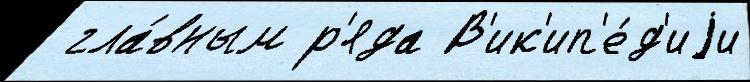
 гла́вным р'яда В'ик'ип'е́д'иjи